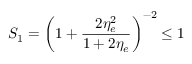
S _ { 1 } = \left( 1 + \frac { 2 \eta _ { e } ^ { 2 } } { 1 + 2 \eta _ { e } } \right) ^ { - 2 } \leq 1